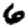
Digit: 6